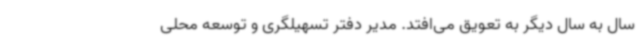
سال به سال دیگر به تعویق می‌افتد. مدیر دفتر تسهیلگری و توسعه محلی